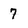
Character: 7